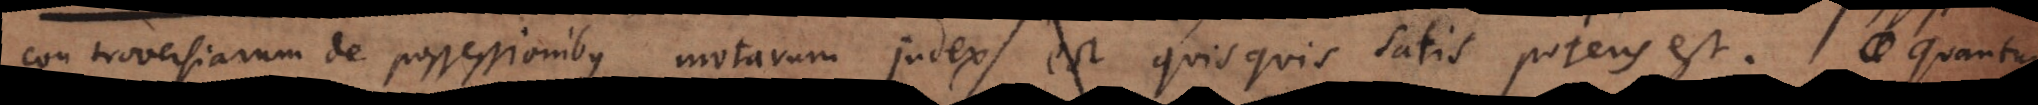
Controversiarum de possessionibus motarum judex est quisquis satis potens est. Quantum